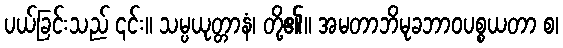
ပယ်ခြင်းသည် ၎င်း။ သမ္ပယုတ္တာနံ၊ တို့၏။ အမတာဘိမုခဘာဝပစ္စယတာ စ၊